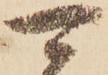
可